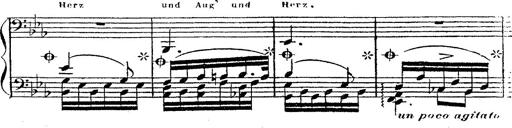
Title: 12 Lieder von Franz Schubert
Composer: Franz Liszt